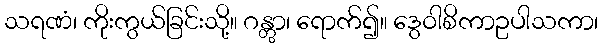
သရဏံ၊ ကိုးကွယ်ခြင်းသို့။ ဂန္တွာ၊ ရောက်၍။ ဒွေဝါစိကာဥပါသကာ၊